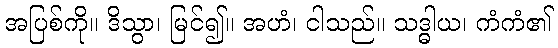
အပြစ်ကို။ ဒိသွာ၊ မြင်၍။ အဟံ၊ ငါသည်။ သဒ္ဓါယ၊ ကံကံ၏